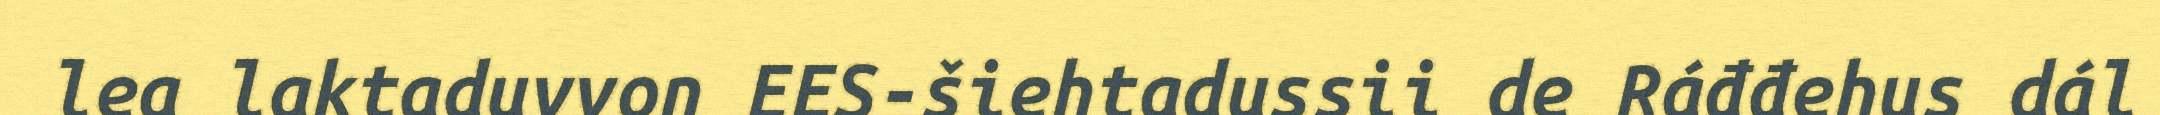
lea laktaduvvon EES-šiehtadussii de Ráđđehus dál